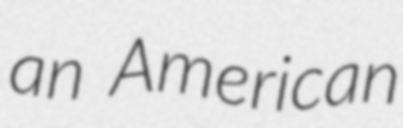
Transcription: an American